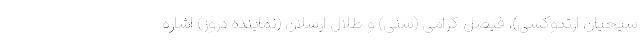
سیحیان ارتدوکسی)، فیصل کرامی (سنی) و طلال ارسلان (نماینده دروز) اشاره